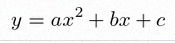
y=ax^2+bx+c